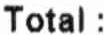
TOTAL :